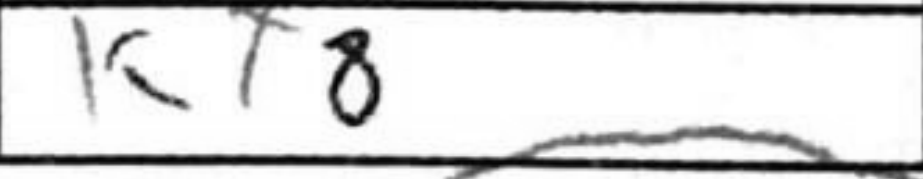
Transcription: Kx8